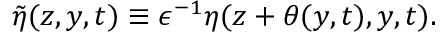
\tilde { \eta } ( z , y , t ) \equiv \epsilon ^ { - 1 } \eta ( z + \theta ( y , t ) , y , t ) .